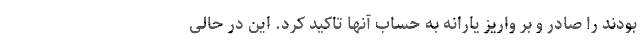
بودند را صادر و بر واریز یارانه به حساب آنها تاکید کرد. این در حالی